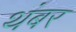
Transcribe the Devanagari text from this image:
थंबर